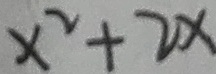
x ^ { 2 } + 2 x